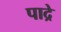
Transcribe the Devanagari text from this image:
पाद्रे